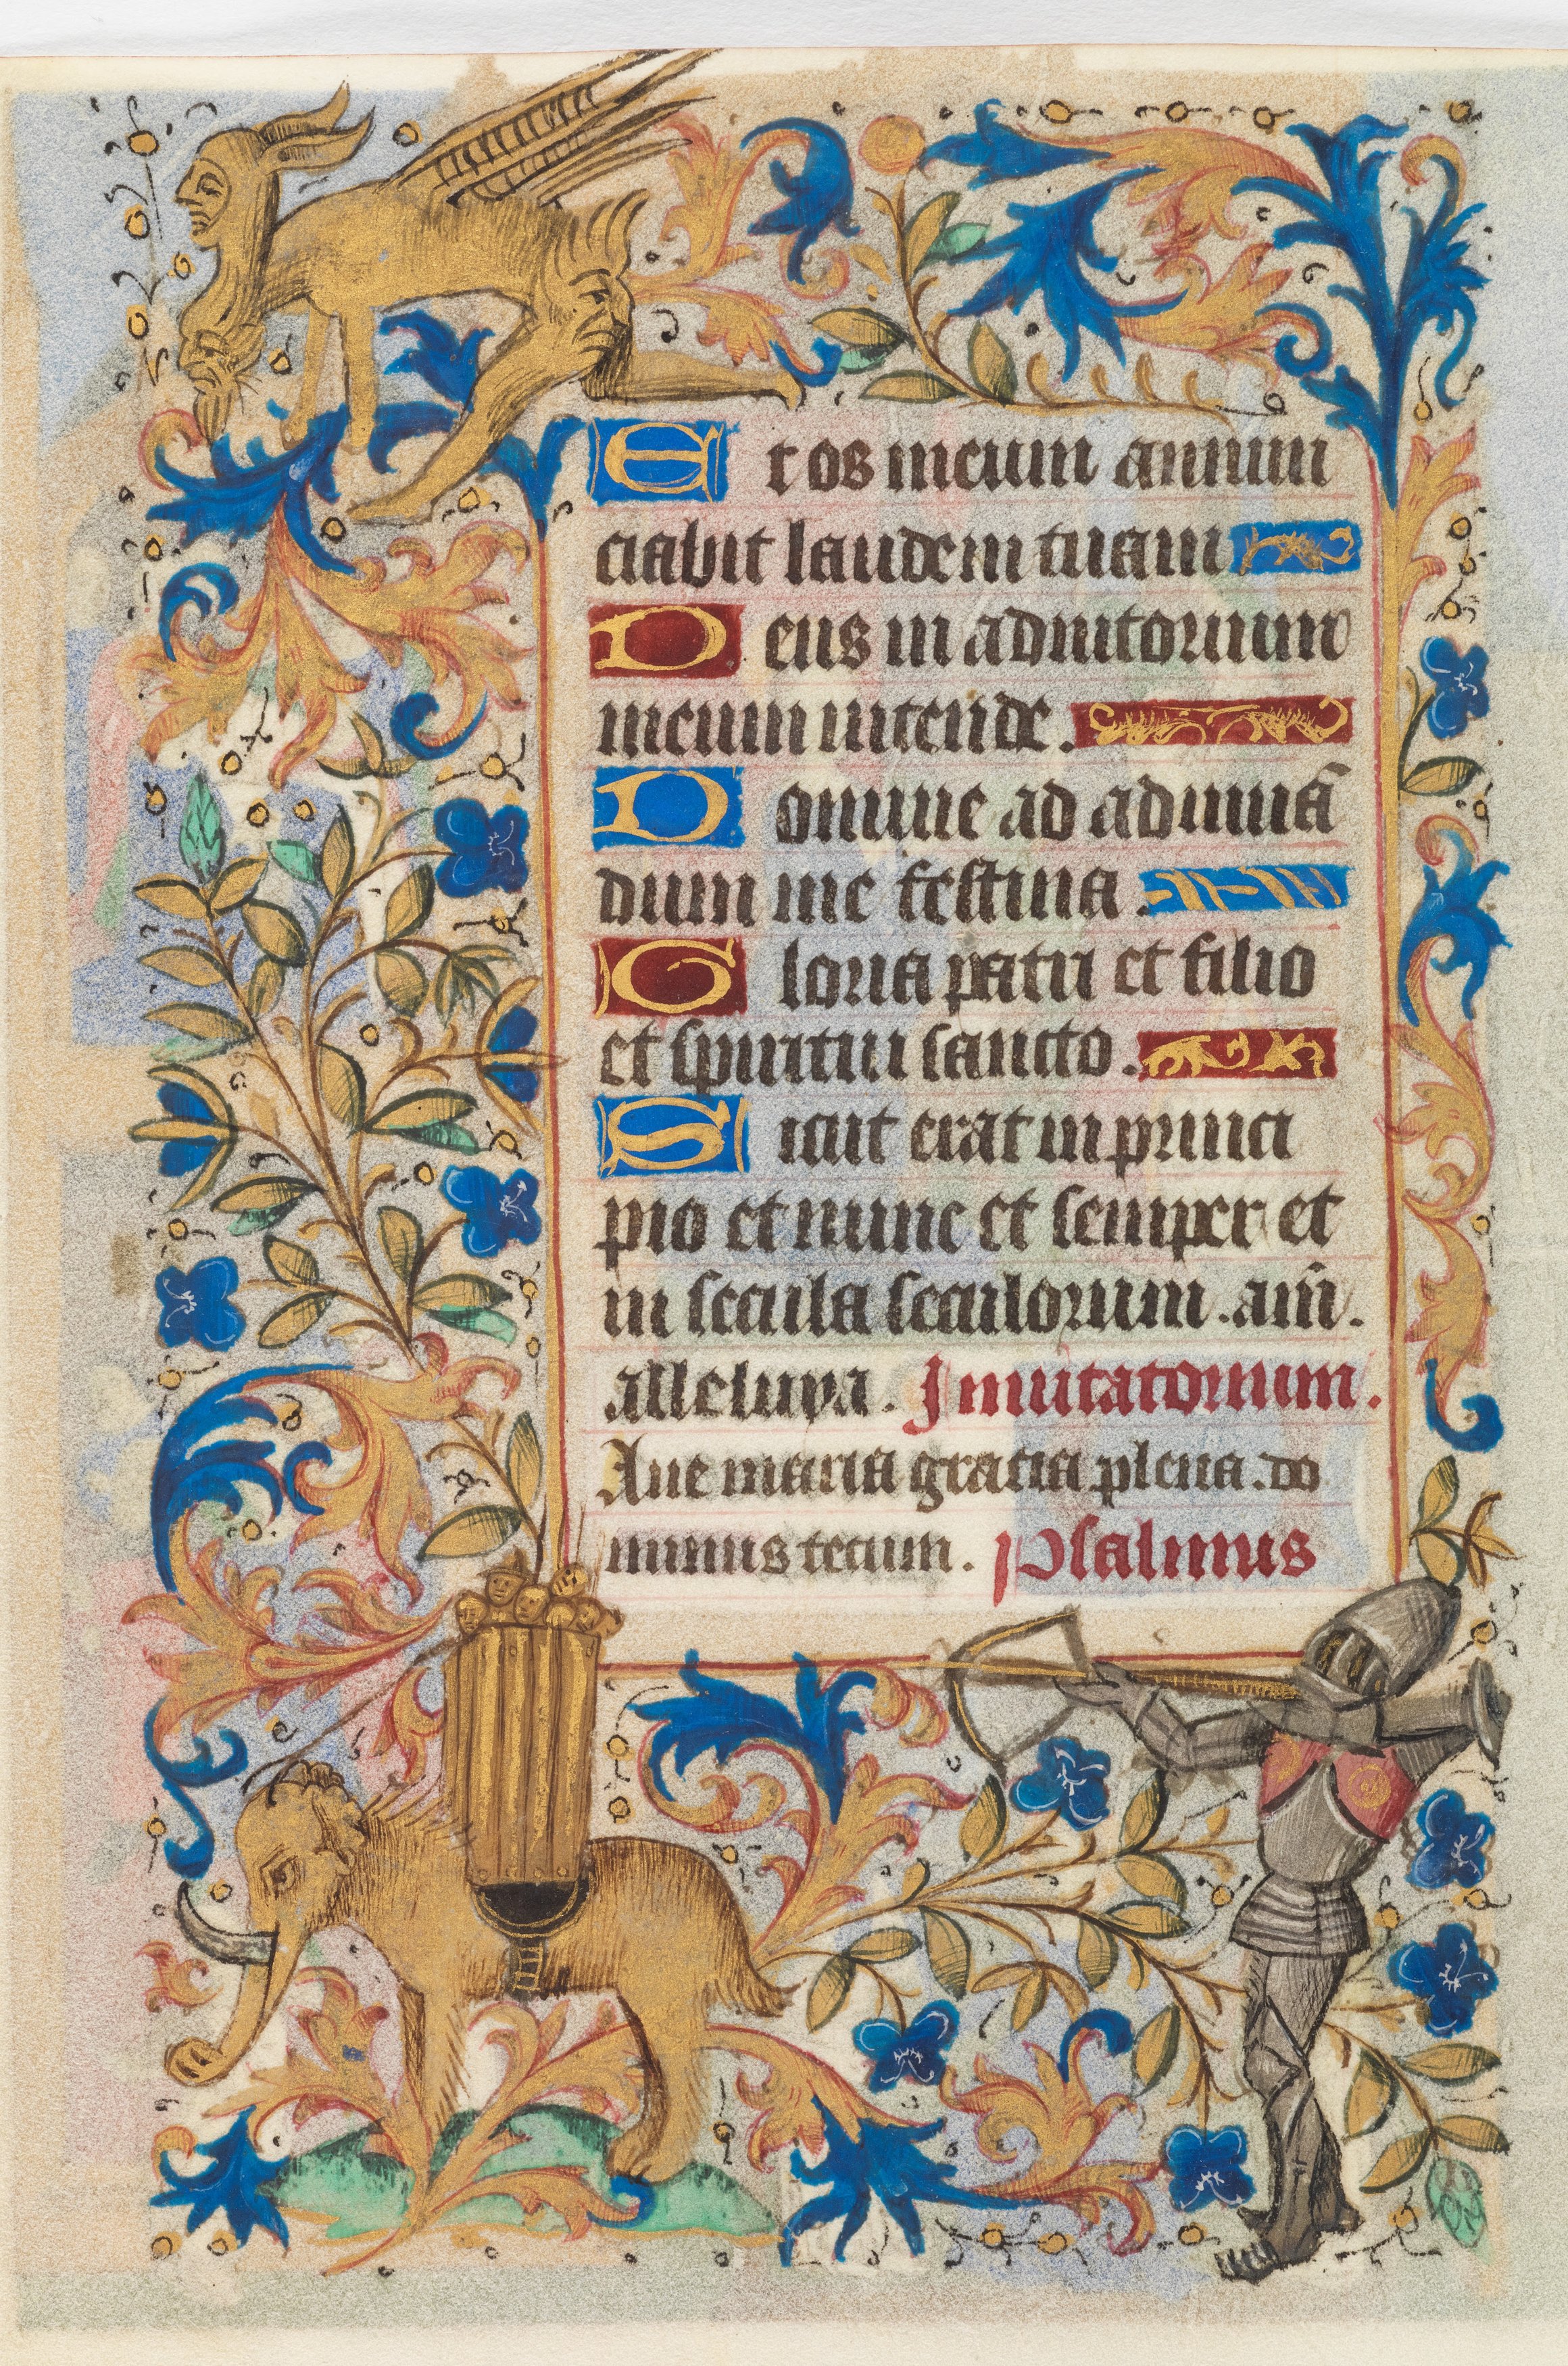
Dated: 1450–1460